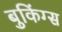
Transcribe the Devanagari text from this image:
बुकिंग्स